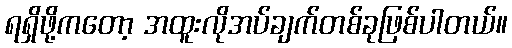
ရရှိဖို့ကတော့ အထူးလိုအပ်ချက်တစ်ခုဖြစ်ပါတယ်။